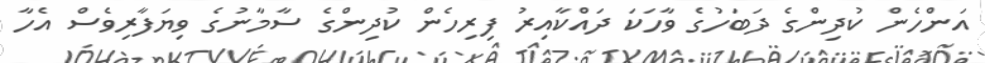
އަންހެން ކުދިންގެ ދަބަހުގެ ވާހަކަ ދައްކާއިރު ފިރިހެން ކުދިންގެ ސާމާނުގެ ވިޔަފާރިވެސް އެހާ